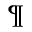
^ \P